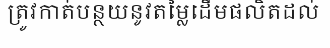
ត្រូវកាត់បន្ថយនូវតម្លៃដើមផលិតដល់